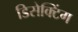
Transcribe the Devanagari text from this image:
डिसेक्टिंग